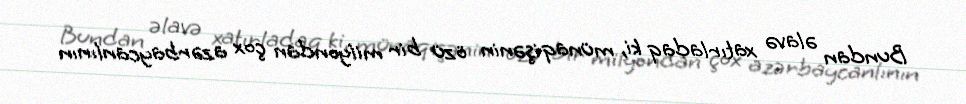
Bundan əlavə xatırladaq ki, münaqişənin özü bir milyondan çox azərbaycanlının